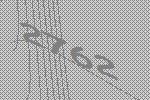
2762